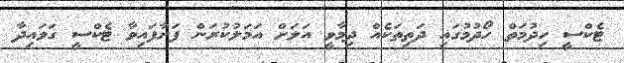
ޓެކްސީ ހިދުމަތް ހޯދުމުގައި ދަތިތަކެއް ދިމާވީ އަލަށް އަމަލުކުރަން ފަށާފައިވާ ޓެކްސީ ގަވައިދާ